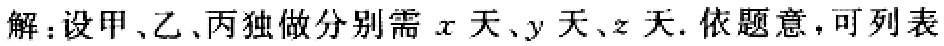
解：设甲、乙、丙独做分别需\(x\)天、\(y\)天、\(z\)天. 依题意，可列表